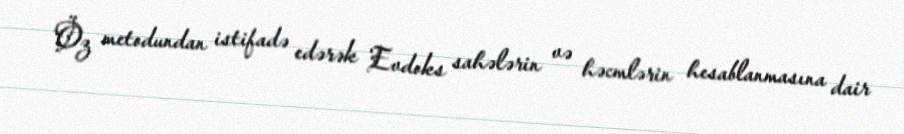
Öz metodundan istifadə edərək Evdoks sahələrin və həcmlərin hesablanmasına dair